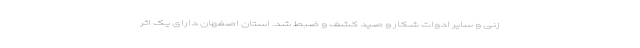
زنی و سایر ادوات شکار و صید کشف و ضبط شد. استان اصفهان دارای یک اثر